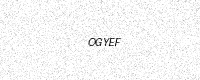
Text: OGYEF